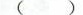
()